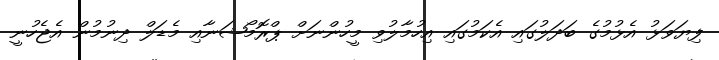
ފިޔަވަޅު އެޅުމުގެ ބަދަލުގައި އެކަމުގައި އިހުމާލުވި މީހުންނަށް ޕްރޮމޯޝަނާއި މެޑަލް ދިނުމުން އެޖެހުނީ